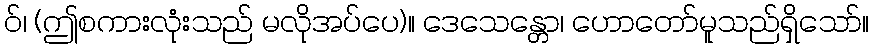
ဝ်၊ (ဤစကားလုံးသည် မလိုအပ်ပေ)။ ဒေသေန္တော၊ ဟောတော်မူသည်ရှိသော်။